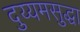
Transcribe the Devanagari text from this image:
दुय्यमसुद्धा